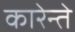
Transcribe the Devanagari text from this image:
कारेन्ते